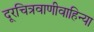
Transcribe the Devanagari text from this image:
दूरचित्रवाणीवाहिन्या